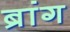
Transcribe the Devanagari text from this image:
ब्रांग